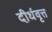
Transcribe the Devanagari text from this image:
दीर्धवृत्त